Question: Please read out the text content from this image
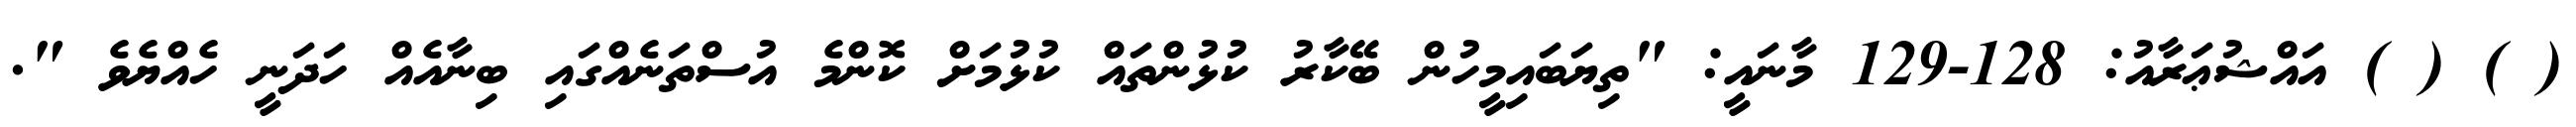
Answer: ( ) ( ) އައްޝުޢަރާއު: 128-129 މާނައީ: "ތިޔަބައިމީހުން ބޭކާރު ކުޅުންތައް ކުޅުމަށް ކޮންމެ އުސްތަނެއްގައި ބިނާއެއް ހަދަނީ ހެއްޔެވެ ".